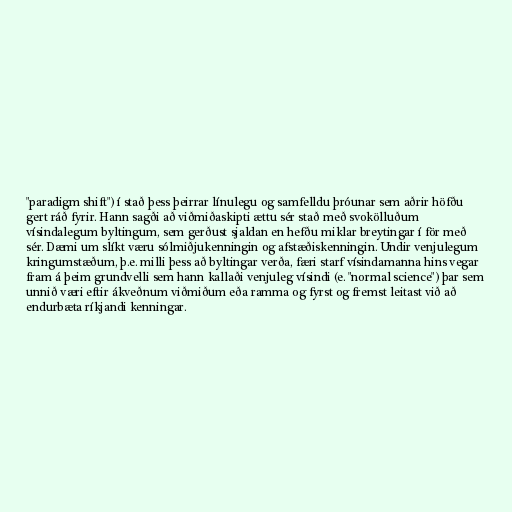
"paradigm shift") í stað þess þeirrar línulegu og samfelldu þróunar sem aðrir höfðu
gert ráð fyrir. Hann sagði að viðmiðaskipti ættu sér stað með svokölluðum
vísindalegum byltingum, sem gerðust sjaldan en hefðu miklar breytingar í för með
sér. Dæmi um slíkt væru sólmiðjukenningin og afstæðiskenningin. Undir venjulegum
kringumstæðum, þ.e. milli þess að byltingar verða, færi starf vísindamanna hins vegar
fram á þeim grundvelli sem hann kallaði venjuleg vísindi (e. "normal science") þar sem
unnið væri eftir ákveðnum viðmiðum eða ramma og fyrst og fremst leitast við að
endurbæta ríkjandi kenningar.